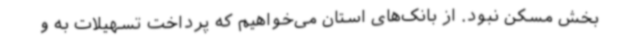
بخش مسکن نبود. از بانک‌های استان می‌خواهیم که پرداخت تسهیلات به و